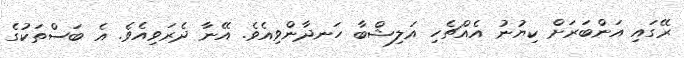
ރޭގައި އަންބަރަށް ކިޔުނު އެއްޗެހި އަލިޝްބާ ހަނދާންވިއެވެ. އޭނާ ދެރަވިއެވެ. އެ ބަސްތަކުގެ